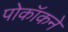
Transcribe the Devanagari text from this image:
पोकॉकने